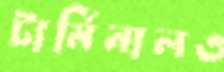
টার্মিনালও